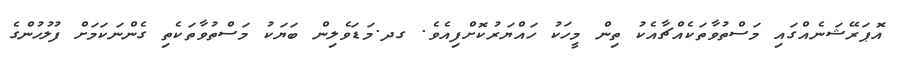
އޮޕަރޭޝަނެއްގައި މަސްތުވާތަކެއްޗާއެކު ތިން މީހަކު ހައްޔަރުކޮށްފިއެވެ. ގދ.މަޑަވެލިން ބަޔަކު މަސްތުވާތަކެތި ގެންނަކަމަށް ފުލުހުންގެ